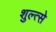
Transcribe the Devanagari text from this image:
शुल्त्से